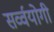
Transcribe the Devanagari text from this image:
सर्व्वयोगी